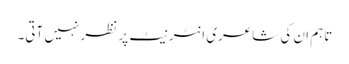
تاہم ان کی شاعری انٹرنیٹ پر نظر نہیں آتی۔